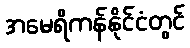
အမေရိကန်နိုင်ငံတွင်